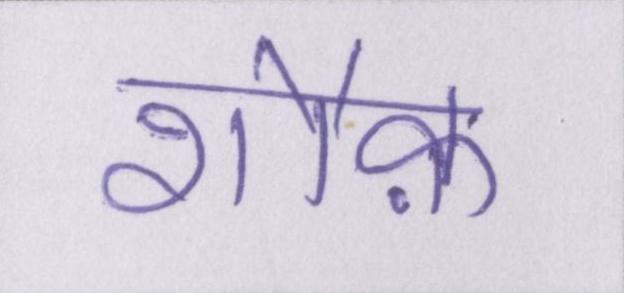
शौक़